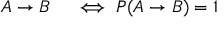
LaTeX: \begin{array} { r l } { A \to B } & { { } \iff P ( A \to B ) = 1 } \end{array}